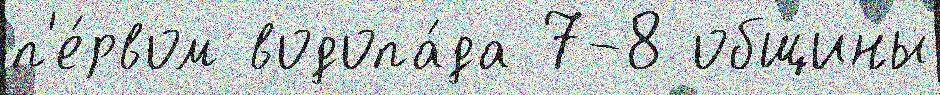
п'е́рвом водопа́да 7-8 общины